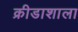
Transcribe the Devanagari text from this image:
क्रीडाशाला